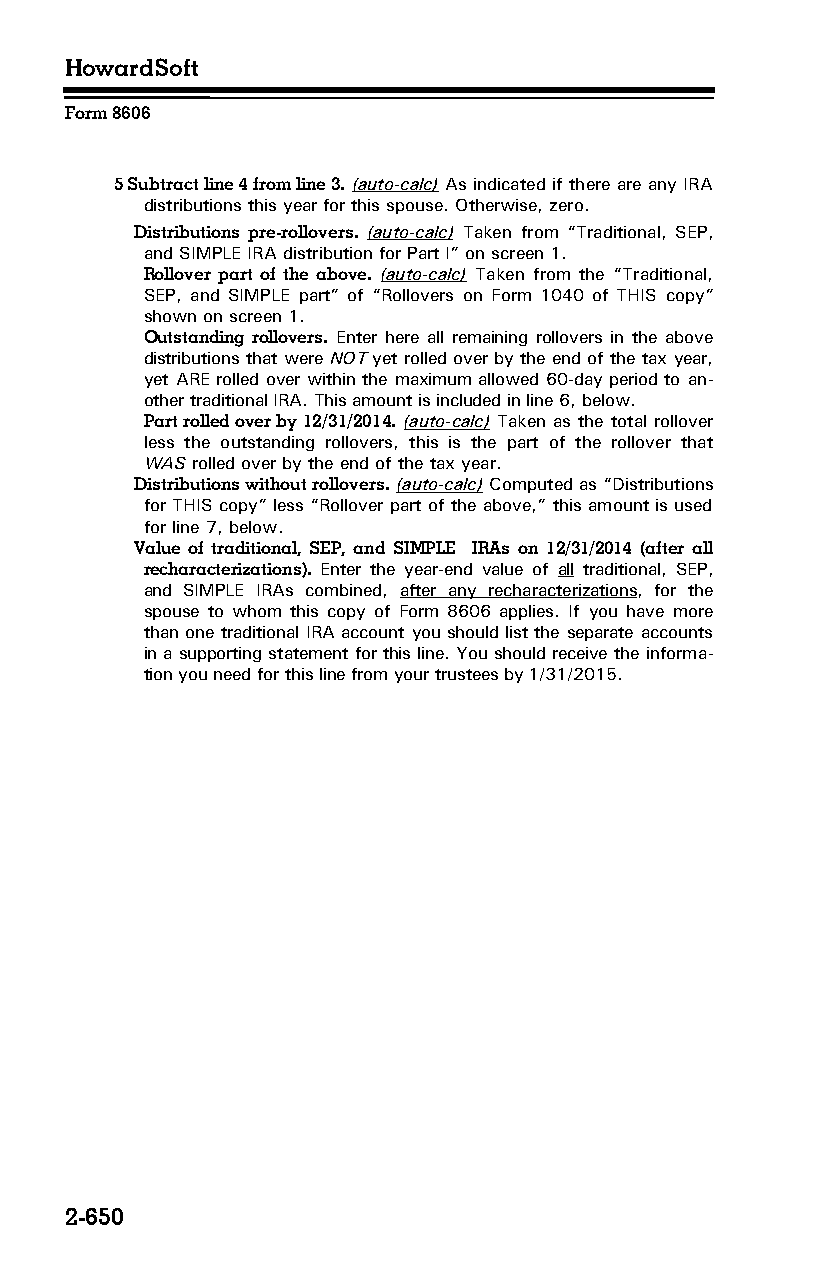
HowardSoft
 Form 8606
 5 Subtract line 4 from line 3. (auto-calc) As indicated if there are any IRA
 distributions this year for this spouse. Otherwise, zero.
 Distributions pre-rollovers. (auto-calc) Taken from “Traditional, SEP,
 and SIMPLE IRA distribution for Part I” on screen 1.
 Rollover part of the above. (auto-calc) Taken from the “Traditional,
 SEP, and SIMPLE part” of “Rollovers on Form 1040 of THIS copy”
 shown on screen 1.
 Outstanding rollovers. Enter here all remaining rollovers in the above
 distributions that were NOT yet rolled over by the end of the tax year,
 yet ARE rolled over within the maximum allowed 60-day period to an­
 other traditional IRA. This amount is included in line 6, below.
 Part rolled over by 12/31/2014. (auto-calc) Taken as the total rollover
 less the outstanding rollovers, this is the part of the rollover that
 WAS rolled over by the end of the tax year.
 Distributions without rollovers. (auto-calc) Computed as “Distributions
 for THIS copy” less “Rollover part of the above,” this amount is used
 for line 7, below.
 Value of traditional, SEP, and SIMPLE IRAs on 12/31/2014 (after all
 recharacterizations). Enter the year-end value of all traditional, SEP,
 and SIMPLE IRAs combined, after any recharacterizations, for the
 spouse to whom this copy of Form 8606 applies. If you have more
 than one traditional IRA account you should list the separate accounts
 in a supporting statement for this line. You should receive the informa­
 tion you need for this line from your trustees by 1/31/2015.
 2-650